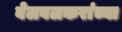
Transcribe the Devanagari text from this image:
बेलवलकरांच्या